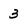
Character: 3